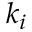
k _ { i }